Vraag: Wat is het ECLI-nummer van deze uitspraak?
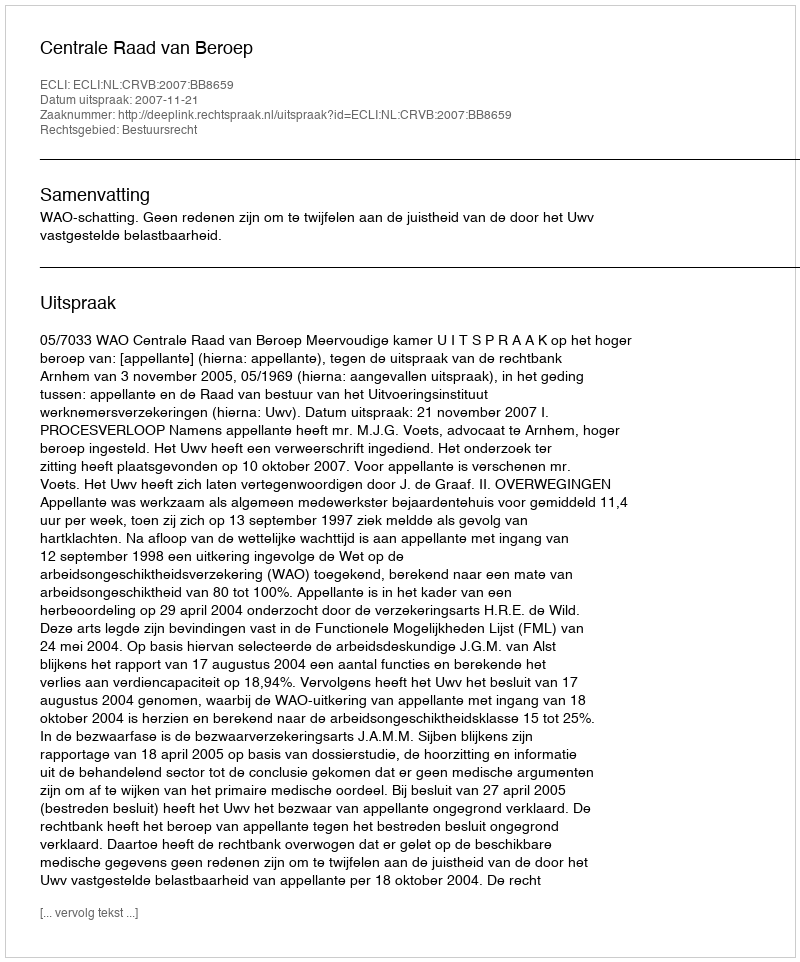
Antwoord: ECLI:NL:CRVB:2007:BB8659